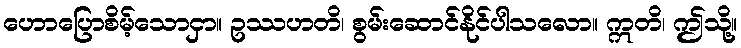
ဟောပြောစိမ့်သောငှာ။ ဥဿဟတိ၊ စွမ်းဆောင်နိုင်ပါသလော။ ဣတိ၊ ဤသို့။